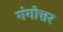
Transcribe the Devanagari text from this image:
गंगोत्तर